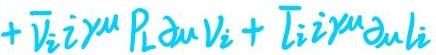
$+ \overline{V}_i i \gamma^{\mu} P_L \partial_{\mu} V_i + \overline{L}_i i \gamma^{\mu} \partial_{\mu} L_i$